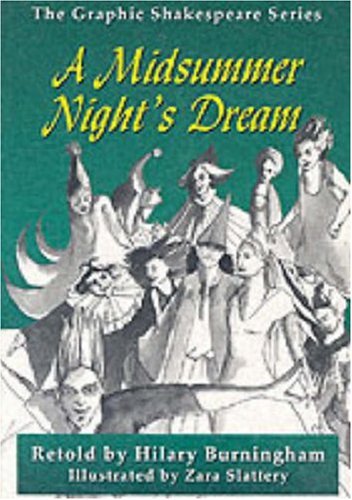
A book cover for A Midsummer Night's Dream (Graphic Shakespeare Series); William Shakespeare; Teen & Young Adult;